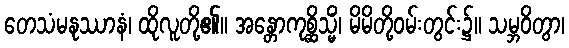
တေသံမနုဿာနံ၊ ထိုလူတို့၏။ အန္တောကုစ္ဆိသ္မိံ၊ မိမိတို့ဝမ်းတွင်း၌။ သမ္ဘဝိတွာ၊